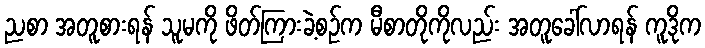
ညစာ အတူစားရန် သူမကို ဖိတ်ကြားခဲ့စဉ်က မီစာတိုကိုလည်း အတူခေါ်လာရန် ကူဒိုက